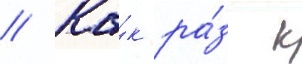
// Ка́к ра́з к